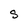
Character: S